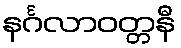
နင်္ဂလာဝတ္တနီ